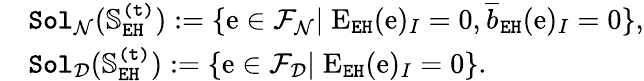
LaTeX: \begin{array}{rl}&{\mathtt{Sol}_{\mathcal{N}}(\mathbb{S}_{\mathtt{EH}}^{\mathtt{(t)}}):=\{ \mathrm{e}\in\mathcal{F}_{\mathcal{N}}|\; \mathrm{E}_{\mathtt{EH}}(\mathrm{e})_{I}=0,\overline{{b}}_{\mathtt{EH}}(\mathrm{e})_{I}=0\} ,}\\ &{\mathtt{Sol}_{\mathcal{D}}(\mathbb{S}_{\mathtt{EH}}^{\mathtt{(t)}}):=\{ \mathrm{e}\in\mathcal{F}_{\mathcal{D}}|\; \mathrm{E}_{\mathtt{EH}}(\mathrm{e})_{I}=0\} .}\end{array}